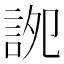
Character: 䛄